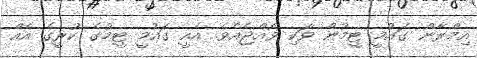
އިމްރާން ގައުމީ ޓީމުން ވަކި ވެއްޖެއެވެ. އެއީ ގައުމީ ޓީމުގެ ކުރީގެ އެއް